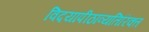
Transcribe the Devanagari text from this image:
विदयापीठांव्यतिरिक्त